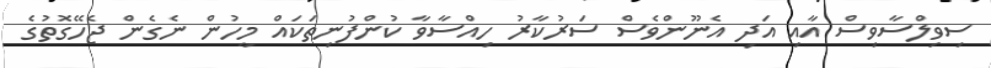
ސިވިލްސާވިސް އާއި އަދި އެނޫންވެސް ސަރުކާރު ހިއްސާވާ ކުންފުނިތަކައް މީހުން ނެގެން ޖެހޭގޮތުގެ